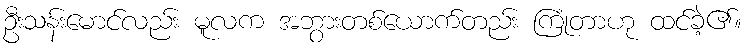
ဦးသန်းမောင်လည်း မူလက အဘွားတစ်ယောက်တည်း ကြုံတာဟု ထင်ခဲ့၏။